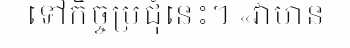
ទៅកិច្ចប្រជុំនេះ។ «វាមាន